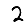
Digit: 2